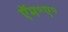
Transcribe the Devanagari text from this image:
ऍम॰ए॰